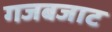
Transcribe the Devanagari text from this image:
गजबजाट